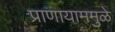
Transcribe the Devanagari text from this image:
प्राणायाममुळे